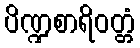
ပိဏ္ဍစာရိဝတ္တံ